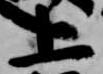
上